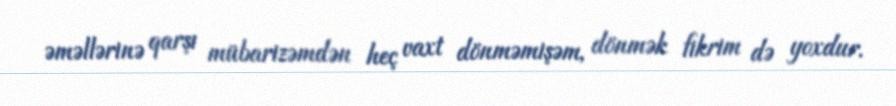
əməllərinə qarşı mübarizəmdən heç vaxt dönməmişəm, dönmək fikrim də yoxdur.